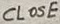
Text: CLOSE